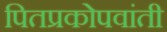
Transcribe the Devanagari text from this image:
पितप्रकोपवांती